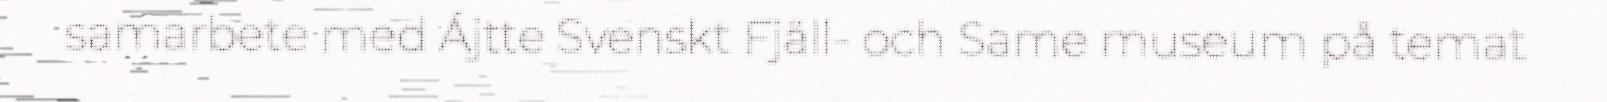
samarbete med Ájtte Svenskt Fjäll- och Same museum på temat